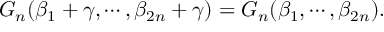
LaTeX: G _ { n } ( \beta _ { 1 } + \gamma , \cdots , \beta _ { 2 n } + \gamma ) = G _ { n } ( \beta _ { 1 } , \cdots , \beta _ { 2 n } ) .